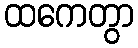
ထကေတွာ